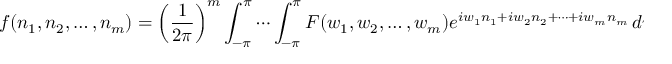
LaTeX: f ( n _ { 1 } , n _ { 2 } , \dots , n _ { m } ) = \left( { \frac { 1 } { 2 \pi } } \right) ^ { m } \int _ { - \pi } ^ { \pi } \cdots \int _ { - \pi } ^ { \pi } F ( w _ { 1 } , w _ { 2 } , \ldots , w _ { m } ) e ^ { i w _ { 1 } n _ { 1 } + i w _ { 2 } n _ { 2 } + \cdots + i w _ { m } n _ { m } } \, d w _ { 1 } \cdots \, d w _ { m }